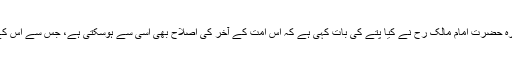
*مشہور محدث امام دار الھجرہ حضرت امام مالک رح نے کیا پتے کی بات کہی ہے کہ اس امت کے آخر کی اصلاح بھی اسی سے ہوسکتی ہے، جس سے اس کے اول کی اصلاح ہوئ تھی ۔